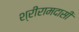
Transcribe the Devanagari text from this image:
श्रीरामदासी